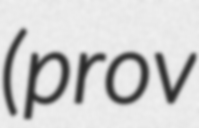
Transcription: (prov